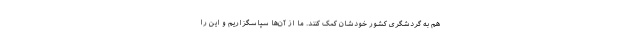
هم به گردشگری کشور خودشان کمک کنند. ما از آن‌ها سپاسگزاریم و این را